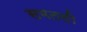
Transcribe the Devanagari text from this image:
समतली